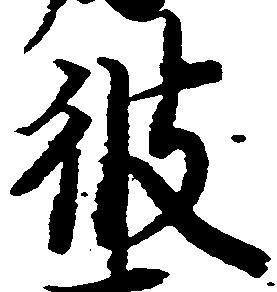
彼